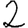
Digit: 2